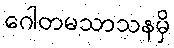
ဂေါတမသာသနမှိ